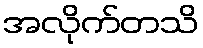
အလိုက်တသိ